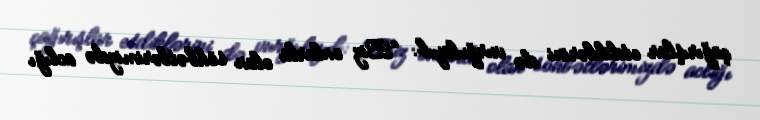
çağırışlar etdiklərini də vurğulayıb: “Biz onlarla olan söhbətlərimizdə aclığı